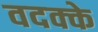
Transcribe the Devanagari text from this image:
वदक्के